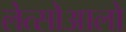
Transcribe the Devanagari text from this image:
लेत्सोआलो